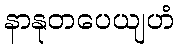
နာနုတပေယျဟံ